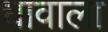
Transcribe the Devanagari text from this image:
धावाला